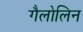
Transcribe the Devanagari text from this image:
गैलोलिन